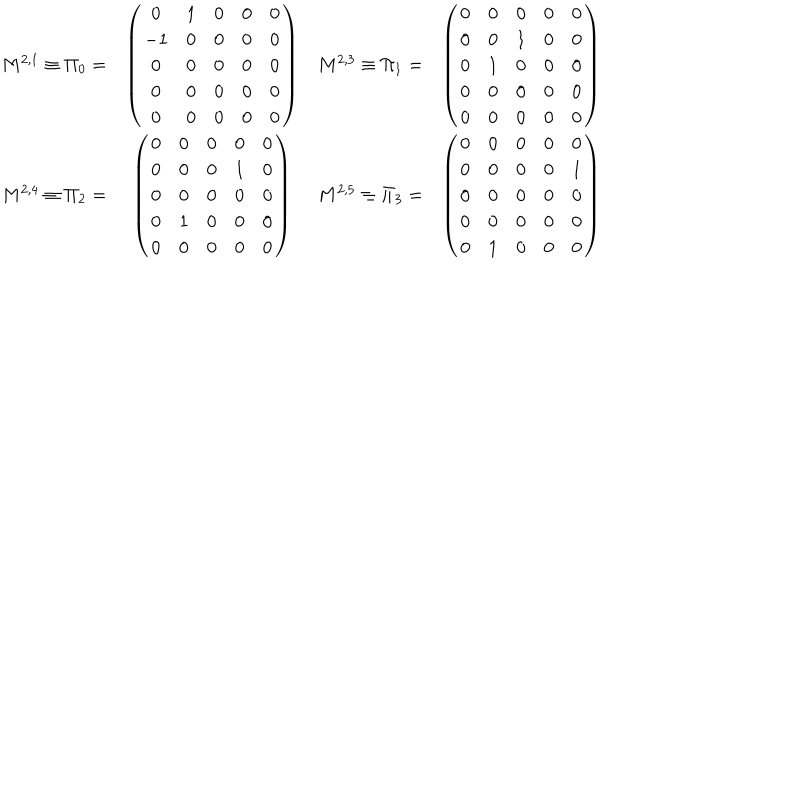
LaTeX: \begin{array} { c c c c } { { M ^ { 2 , 1 } \equiv \Pi _ { 0 } = } } & { { \left( \begin{matrix} { { 0 } } & { { 1 } } & { { 0 } } & { { 0 } } & { { 0 } } \\ { { - 1 } } & { { 0 } } & { { 0 } } & { { 0 } } & { { 0 } } \\ { { 0 } } & { { 0 } } & { { 0 } } & { { 0 } } & { { 0 } } \\ { { 0 } } & { { 0 } } & { { 0 } } & { { 0 } } & { { 0 } } \\ { { 0 } } & { { 0 } } & { { 0 } } & { { 0 } } & { { 0 } } \\ \end{matrix} \right) } } & { { M ^ { 2 , 3 } \equiv \Pi _ { 1 } = } } & { { \left( \begin{matrix} { { 0 } } & { { 0 } } & { { 0 } } & { { 0 } } & { { 0 } } \\ { { 0 } } & { { 0 } } & { { 1 } } & { { 0 } } & { { 0 } } \\ { { 0 } } & { { 1 } } & { { 0 } } & { { 0 } } & { { 0 } } \\ { { 0 } } & { { 0 } } & { { 0 } } & { { 0 } } & { { 0 } } \\ { { 0 } } & { { 0 } } & { { 0 } } & { { 0 } } & { { 0 } } \\ \end{matrix} \right) } } \\ { { M ^ { 2 , 4 } \equiv \Pi _ { 2 } = } } & { { \left( \begin{matrix} { { 0 } } & { { 0 } } & { { 0 } } & { { 0 } } & { { 0 } } \\ { { 0 } } & { { 0 } } & { { 0 } } & { { 1 } } & { { 0 } } \\ { { 0 } } & { { 0 } } & { { 0 } } & { { 0 } } & { { 0 } } \\ { { 0 } } & { { 1 } } & { { 0 } } & { { 0 } } & { { 0 } } \\ { { 0 } } & { { 0 } } & { { 0 } } & { { 0 } } & { { 0 } } \\ \end{matrix} \right) } } & { { M ^ { 2 , 5 } \equiv \Pi _ { 3 } = } } & { { \left( \begin{matrix} { { 0 } } & { { 0 } } & { { 0 } } & { { 0 } } & { { 0 } } \\ { { 0 } } & { { 0 } } & { { 0 } } & { { 0 } } & { { 1 } } \\ { { 0 } } & { { 0 } } & { { 0 } } & { { 0 } } & { { 0 } } \\ { { 0 } } & { { 0 } } & { { 0 } } & { { 0 } } & { { 0 } } \\ { { 0 } } & { { 1 } } & { { 0 } } & { { 0 } } & { { 0 } } \\ \end{matrix} \right) } } \\ \end{array}